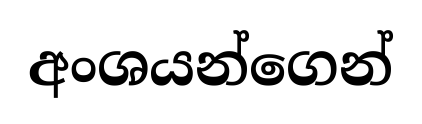
අංශයන්ගෙන්